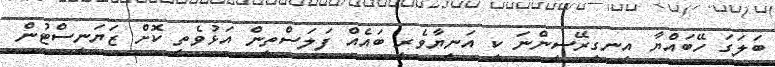
ބަލަގަ ހޭބައްޔާ އިނގިރޭސިންނަ ކީ އަނިޔާވެރި ބައެއް ފަލަސްތީން އަޅުވެތި ކޮށް ޒަޔަނިސްޓުން